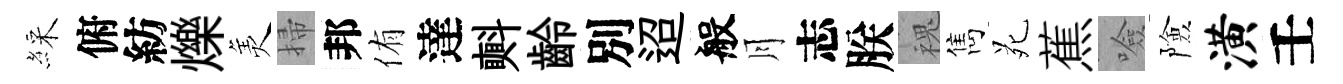
綵俯紡爍羙掃邦侑達㪺齡別迢般月志朕槐雋苑蕉噞險潢壬